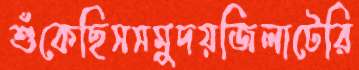
শুঁকেছিসসমুদয়জিলাটেরি